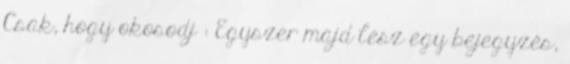
Csak, hogy okosodj : Egyszer majd lesz egy bejegyzés,